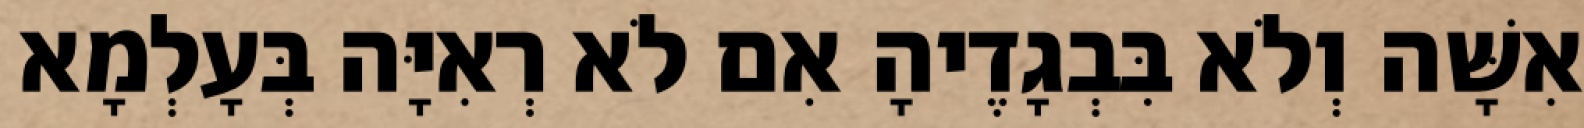
אִשָּׁה וְלֹא בִּבְגָדֶיהָ אִם לֹא רְאִיָּה בְּעָלְמָא